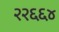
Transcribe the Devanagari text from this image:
२२६६४